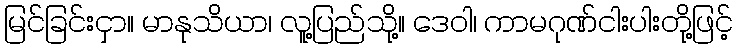
မြင်ခြင်းငှာ။ မာနုသိယာ၊ လူ့ပြည်သို့။ ဒေဝါ၊ ကာမဂုဏ်ငါးပါးတို့ဖြင့်